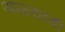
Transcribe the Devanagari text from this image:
अळ्यांची